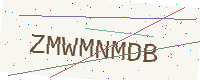
Text: ZMWMNMDB